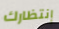
إنتظارك